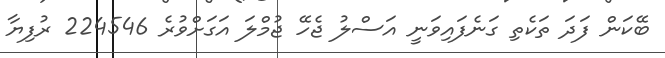
ބޭކަން ފަދަ ތަކެތި ގަނެފައިވަނީ އަސްލު ޖެހޭ ޖުމްލަ އަގަށްވުރެ 224546 ރުފިޔާ